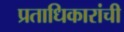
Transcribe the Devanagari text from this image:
प्रताधिकारांची